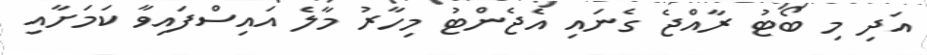
އަދި މި ބޯޓު ރާއްޖެ ގެނައި އެޖެންޓު މިހާރު މާލެ އައިސްފައިވާ ކަމަށާއި